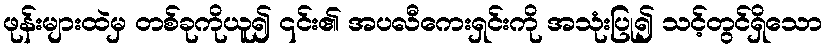
ဖုန်းများထဲမှ တစ်ခုကိုယူ၍ ၎င်း၏ အပလီကေးရှင်းကို အသုံးပြု၍ သင့်တွင်ရှိသော